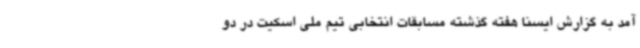
آمد به گزارش ایسنا هفته گذشته مسابقات انتخابی تیم ملی اسکیت در دو